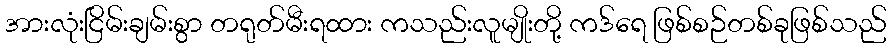
အားလုံးငြိမ်းချမ်းစွာ တရုတ်မီးရထား ကသည်းလူမျိုးတို့ ကဒ်ရေ ဖြစ်စဉ်တစ်ခုဖြစ်သည်